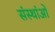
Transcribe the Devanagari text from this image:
संस्थांओं